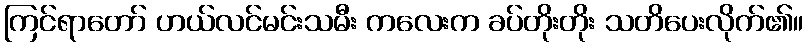
ကြင်ရာတော် ဟယ်လင်မင်းသမီး ကလေးက ခပ်တိုးတိုး သတိပေးလိုက်၏။